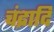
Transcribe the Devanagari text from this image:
चंद्रादि